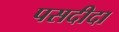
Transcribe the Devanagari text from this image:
पसदीदा